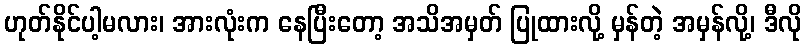
ဟုတ်နိုင်ပါ့မလား၊ အားလုံးက နေပြီးတော့ အသိအမှတ် ပြုထားလို့ မှန်တဲ့ အမှန်လို့၊ ဒီလို